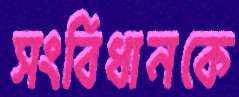
সংবিধানকে